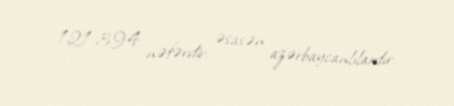
121.394 nəfərdir, əsasən azərbaycanlılardır.